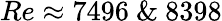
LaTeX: Re\approx 7496~\& ~8398